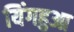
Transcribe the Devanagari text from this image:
यिंगहुआ